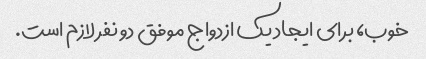
خوب، برای ایجاد یک ازدواج موفق دو نفر لازم است.